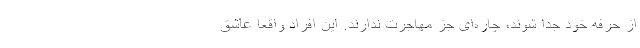
از حرفه خود جدا شوند، چاره‌ای جز مهاجرت ندارند. این افراد واقعاً عاشق